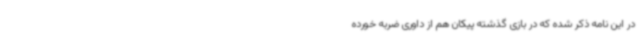
در این نامه ذکر شده که در بازی گذشته پیکان هم از داوری ضربه خورده